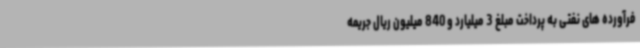
فرآورده های نفتی به پرداخت مبلغ 3 میلیارد و 840 میلیون ریال جریمه